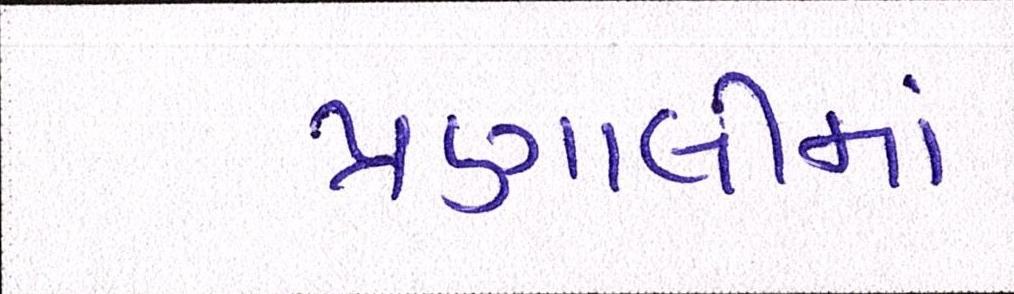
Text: પ્રણાલીમાં